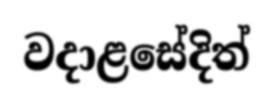
වදාළසේදිත්